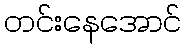
တင်းနေအောင်